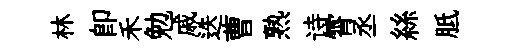
林即禾勉戚迭曹熟诗霄丞絲胝